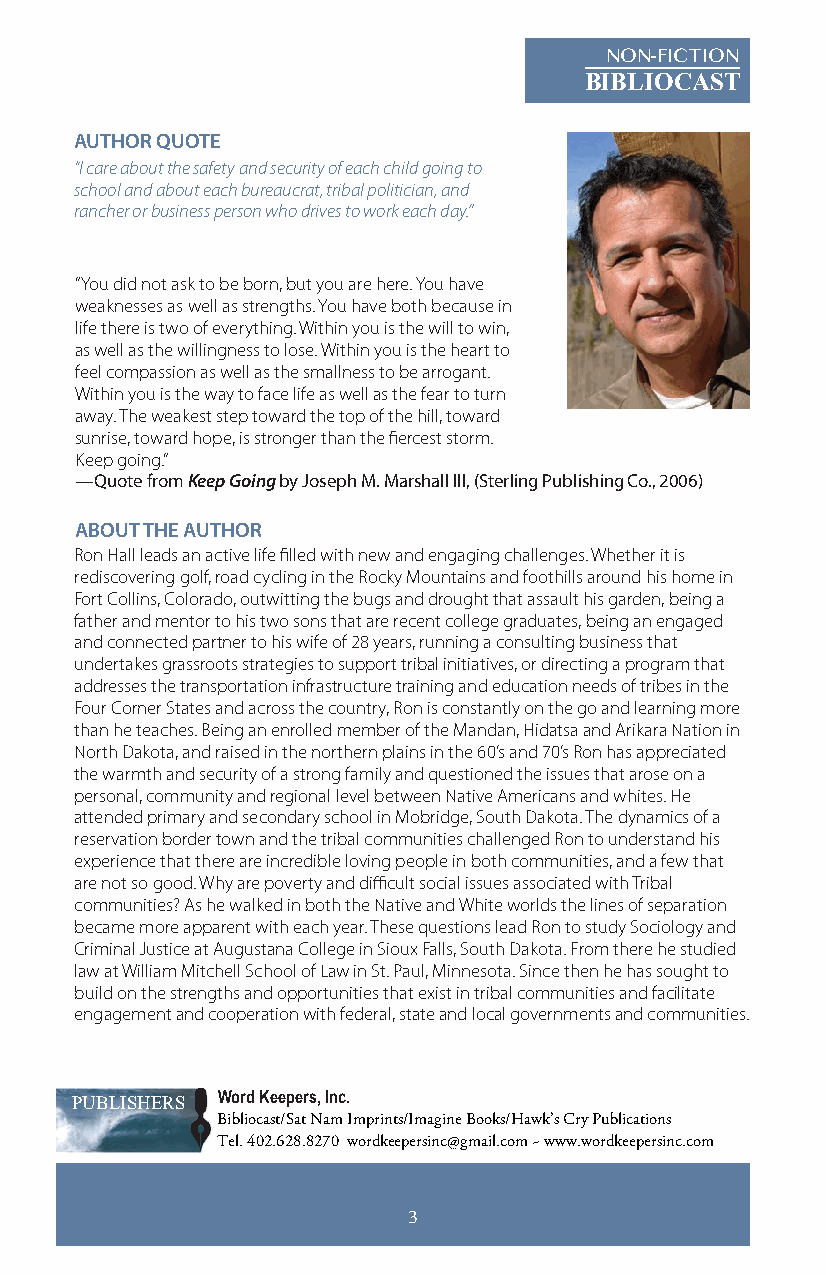
NON-FICTION
 BIBLIOCAST
 AUTHOR QUOTE
 “I care about the safety and security of each child going to
 school and about each bureaucrat, tribal politician, and
 rancher or business person who drives to work each day.”
 “You did not ask to be born, but you are here. You have
 weaknesses as well as strengths. You have both because in
 life there is two of everything. Within you is the will to win,
 as well as the willingness to lose. Within you is the heart to
 feel compassion as well as the smallness to be arrogant.
 Within you is the way to face life as well as the fear to turn
 away. The weakest step toward the top of the hill, toward
 sunrise, toward hope, is stronger than the fiercest storm.
 Keep going.”
 —Quote from Keep Going by Joseph M. Marshall III, (Sterling Publishing Co., 2006)
 ABOUT THE AUTHOR
 Ron Hall leads an active life filled with new and engaging challenges. Whether it is
 rediscovering golf, road cycling in the Rocky Mountains and foothills around his home in
 Fort Collins, Colorado, outwitting the bugs and drought that assault his garden, being a
 father and mentor to his two sons that are recent college graduates, being an engaged
 and connected partner to his wife of 28 years, running a consulting business that
 undertakes grassroots strategies to support tribal initiatives, or directing a program that
 addresses the transportation infrastructure training and education needs of tribes in the
 Four Corner States and across the country, Ron is constantly on the go and learning more
 than he teaches. Being an enrolled member of the Mandan, Hidatsa and Arikara Nation in
 North Dakota, and raised in the northern plains in the 60’s and 70’s Ron has appreciated
 the warmth and security of a strong family and questioned the issues that arose on a
 personal, community and regional level between Native Americans and whites. He
 attended primary and secondary school in Mobridge, South Dakota. The dynamics of a
 reservation border town and the tribal communities challenged Ron to understand his
 experience that there are incredible loving people in both communities, and a few that
 are not so good. Why are poverty and difficult social issues associated with Tribal
 communities? As he walked in both the Native and White worlds the lines of separation
 became more apparent with each year. These questions lead Ron to study Sociology and
 Criminal Justice at Augustana College in Sioux Falls, South Dakota. From there he studied
 law at William Mitchell School of Law in St. Paul, Minnesota. Since then he has sought to
 build on the strengths and opportunities that exist in tribal communities and facilitate
 engagement and cooperation with federal, state and local governments and communities.
 PUBLISHERS Word Keepers, Inc.
 Bibliocast/Sat Nam Imprints/Imagine Books/Hawk’s Cry Publications
 Tel. 402.628.8270 wordkeepersinc@gmail.com ~ www.wordkeepersinc.com
 3